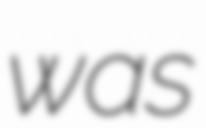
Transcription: was